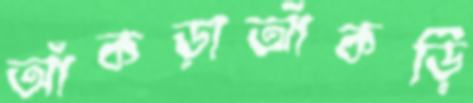
আঁকড়াআঁকড়ি